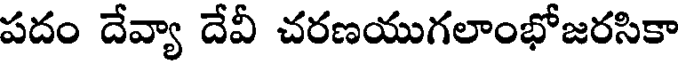
పదం దేవ్యా దేవీ చరణయుగలాంభోజరసికా